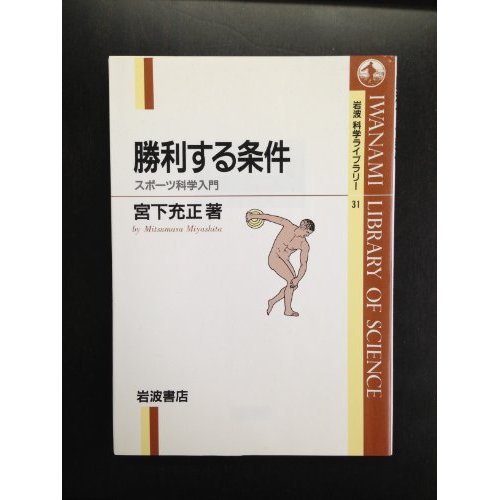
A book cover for Conditions to win - Sports Science Introduction (Iwanami Library of Science) (1995) ISBN: 4000065319 [Japanese Import]; Sports & Outdoors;